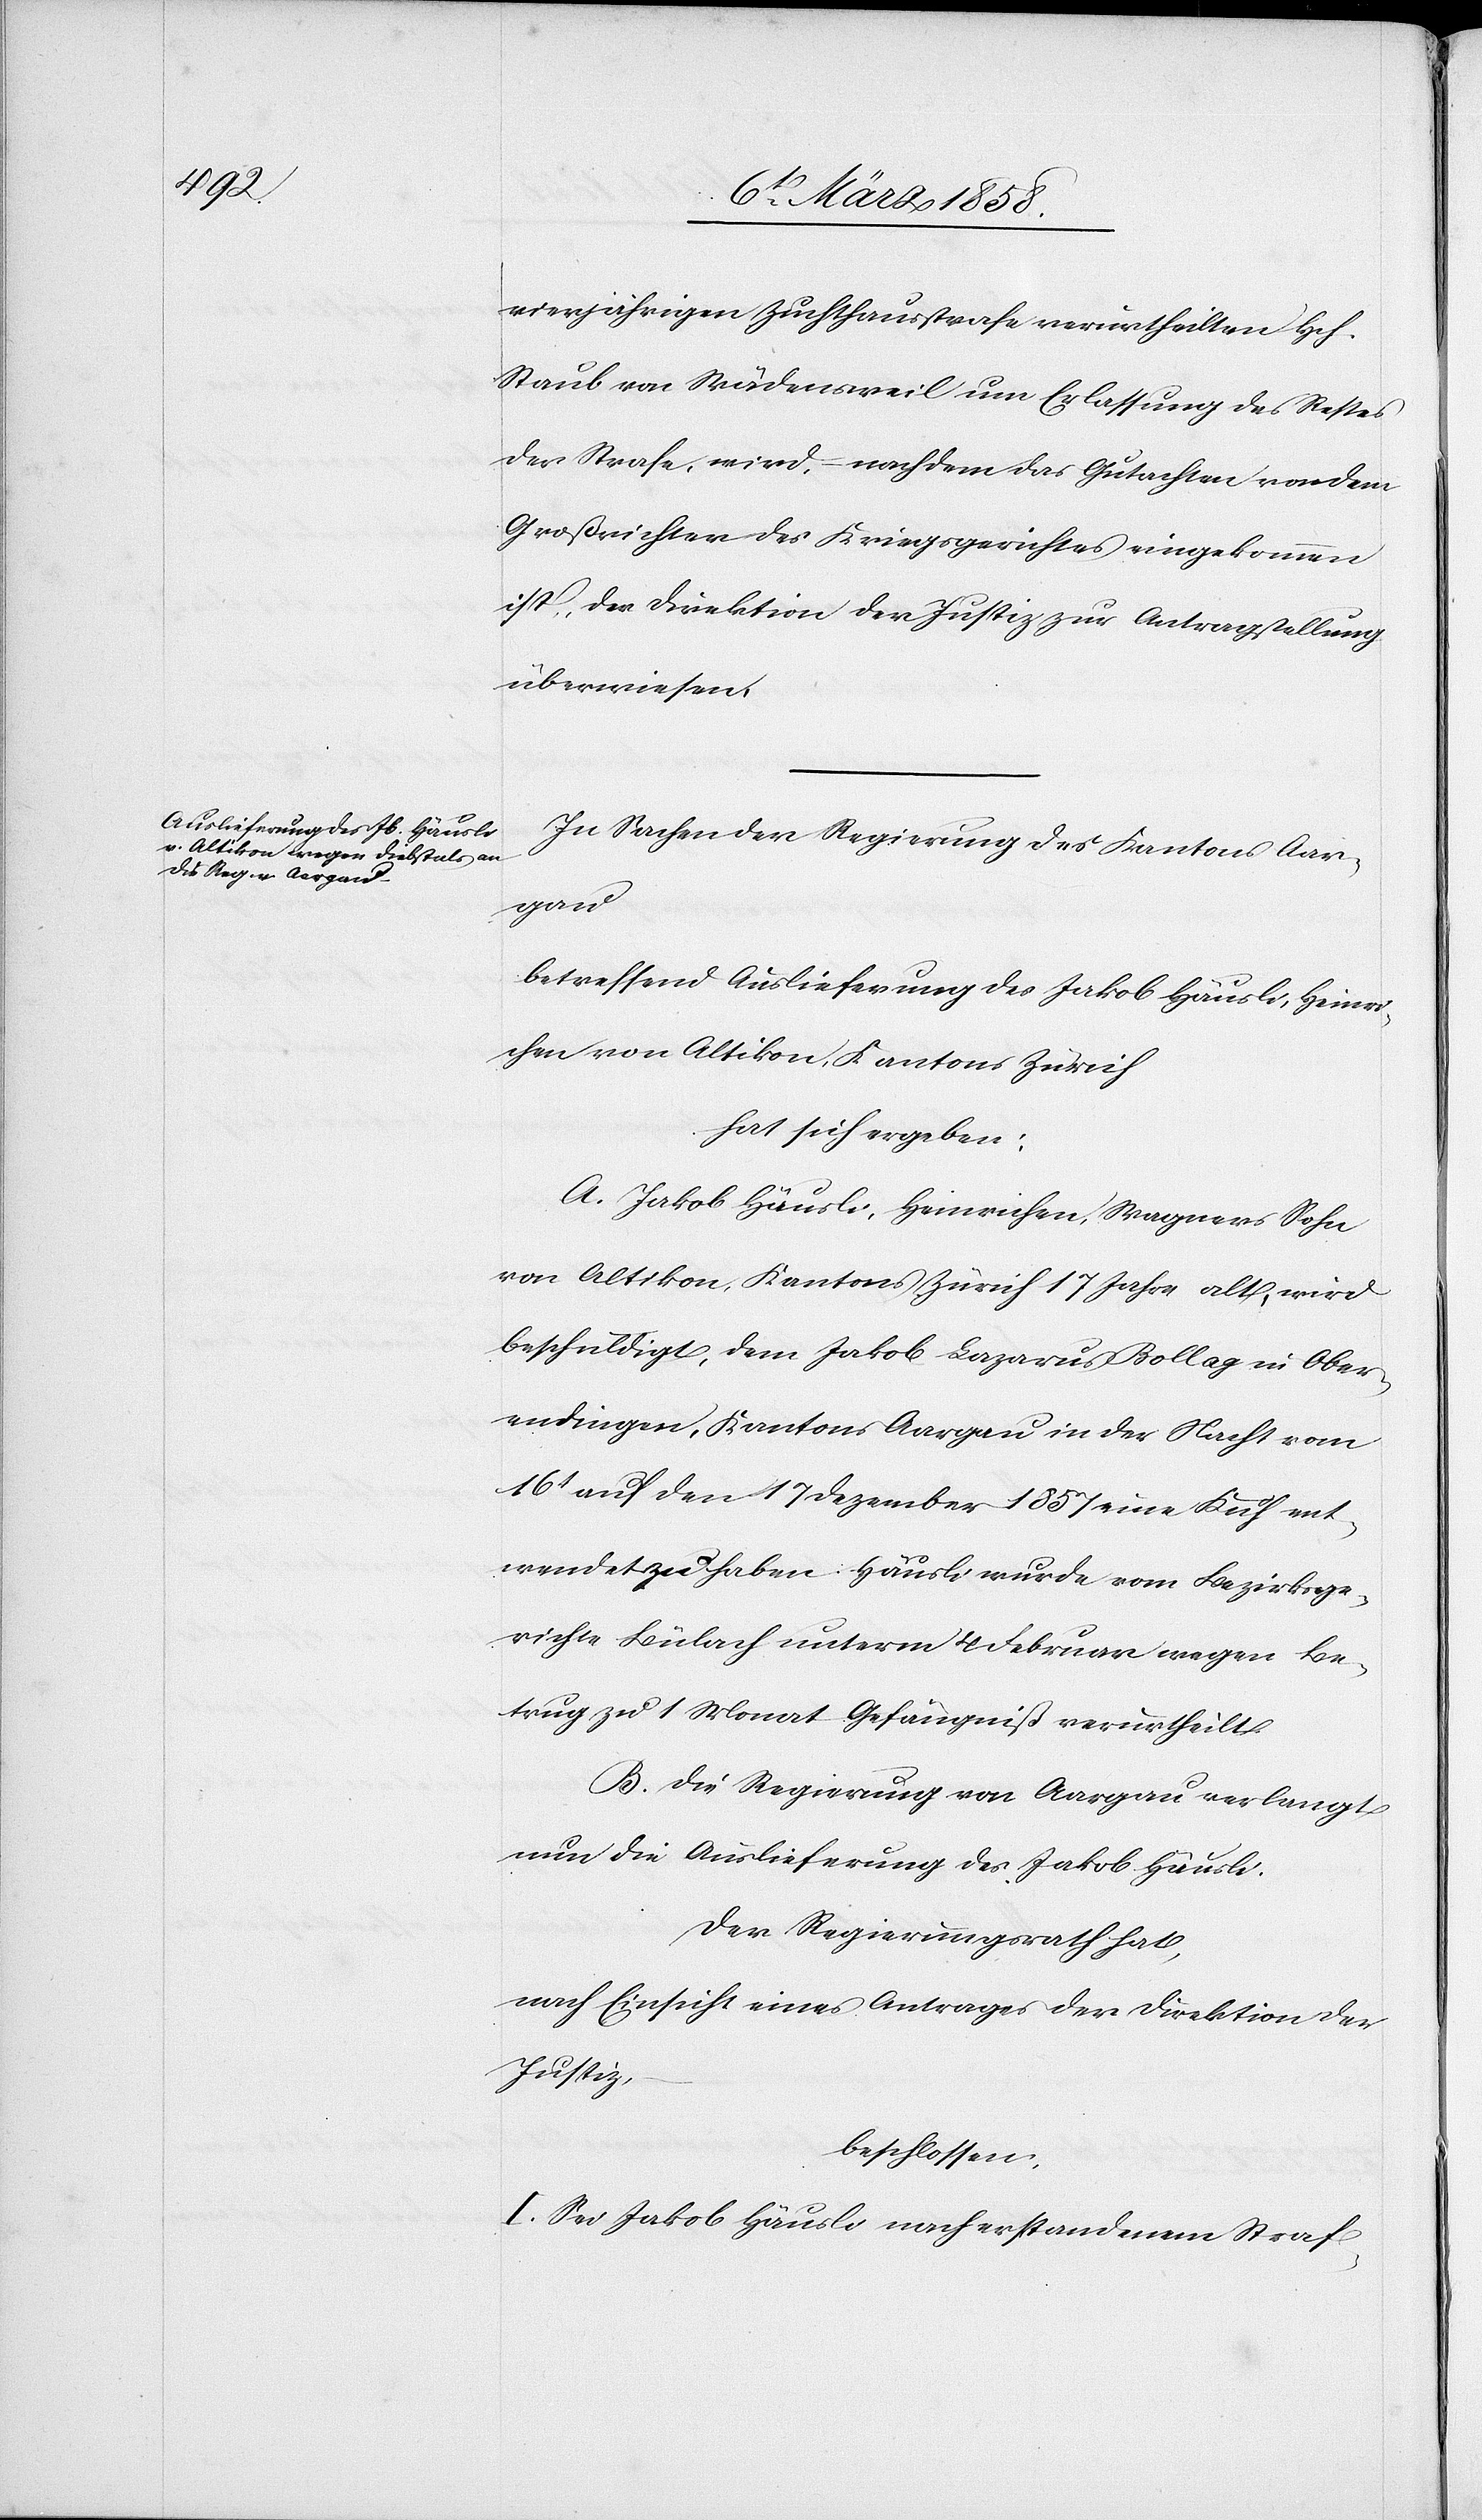
vierjährigen Zuchthausstrafe verurtheilten Hch.
Staub von Wädensweil um Erlassung des Restes
der Strafe, wird, nachdem das Gutachten von dem
Großrichter des Kriegsgerichtes eingekommen
ist, der Direktion der Justiz zur Antragstellung
überwiesen.
In Sachen der Regierung des Kantons Aar¬
gau
betreffend Auslieferung des Jakob Häusli, Heinri¬
chen von Altikon, Kantons Zürich
hat sich ergeben:
A. Jakob Häusli, Heinrichen, Wagners Sohn
von Altikon, Kantons Zürich 17 Jahre alt, wird
beschuldigt, dem Jakob Lazarus Bollag in Ober¬
endingen, Kantons Aargau in der Nacht vom
16t auf den 17 Dezember 1857 seine Kuh ent¬
wendet zu haben. Häusli wurde vom Bezirksge¬
richte Bülach unterm 4 Februar wegen Be¬
trug zu 1 Monat Gefängiß verurtheilt.
B. Die Regierung von Aargau verlangt
nun die Auslieferung des Jakob Häusli.
Der Regierungsrath hat,
nach Einsicht eines Antrages der Direktion der
Justiz,
beschlossen:
I. Sei Jakob Häusli nach erstandenem Straf-